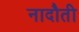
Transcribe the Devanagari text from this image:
नादौती